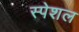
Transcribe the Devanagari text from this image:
स्‍पेशल